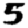
Digit: 5